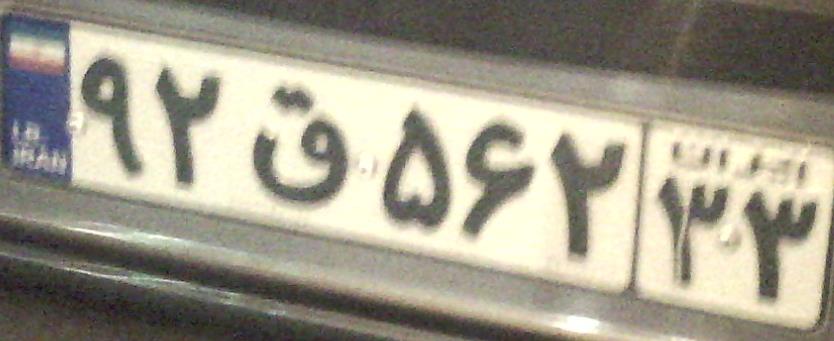
۹۲ق۵۶۲۳۳